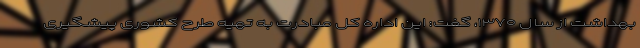
بهداشت از سال ۱۳۷۰، گفت: این اداره کل مبادرت به تهیه طرح کشوری پیشگیری